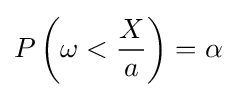
P\left(\omega <{\frac {X}{a}}\right)=\alpha